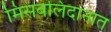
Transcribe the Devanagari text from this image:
मिसबलिदानात